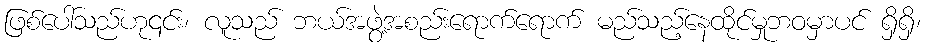
ဖြစ်ပေါ်သည်ဟု၎င်း၊ လူသည် ဘယ်အဖွဲ့အစည်းရောက်ရောက် မည်သည့်နေထိုင်မှုဘဝမှာပင် ရှိရှိ၊